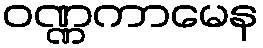
ဝဏ္ဏကာမေန